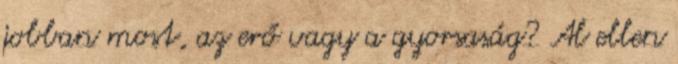
jobban most, az erő vagy a gyorsaság? Al ellen